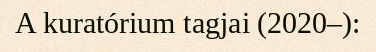
A kuratórium tagjai (2020–):